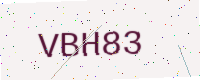
Text: VBH83